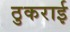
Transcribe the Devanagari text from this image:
ठुकराई